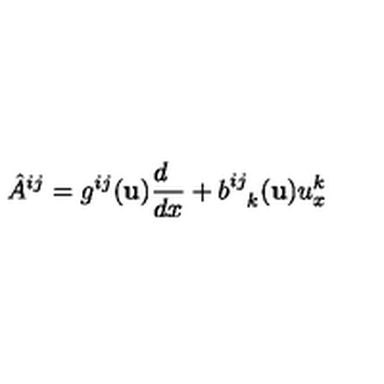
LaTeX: { \hat { A } } ^ { i j } = g ^ { i j } ( { \bf u } ) { \frac { d \phantom { x } } { d x } } + b _ { \phantom { i j } k } ^ { i j } ( { \bf u } ) u _ { x } ^ { k }